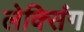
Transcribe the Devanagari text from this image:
लेक्सिंग